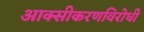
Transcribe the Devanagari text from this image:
आक्सीकरणविरोधी